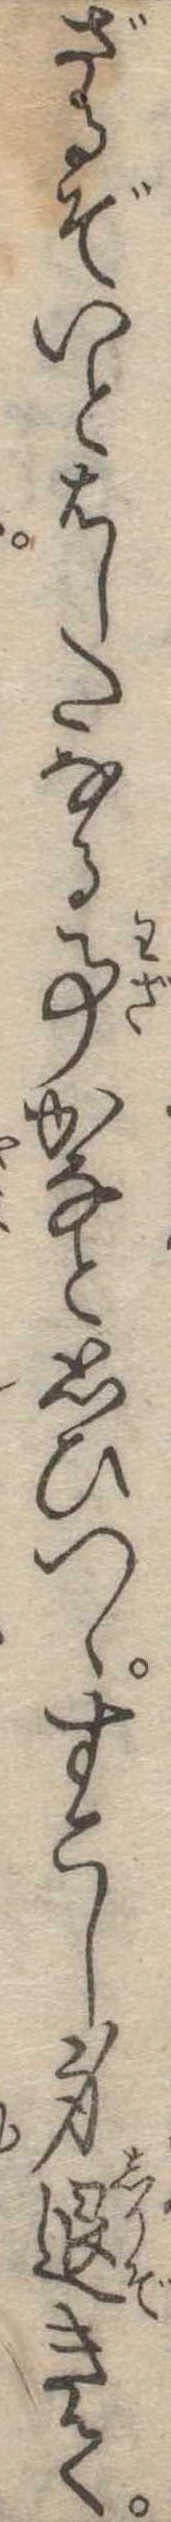
ざるぞいとはしたなる事かなと思ひつゝすこし身退きて